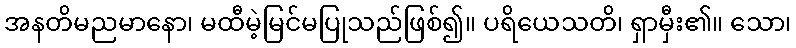
အနတိမညမာနော၊ မထီမဲ့မြင်မပြုသည်ဖြစ်၍။ ပရိယေသတိ၊ ရှာမှီး၏။ သော၊